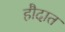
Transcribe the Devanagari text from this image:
हौदात